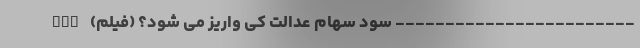
------------------------ سود سهام عدالت کی واریز می شود؟ (فیلم) nan